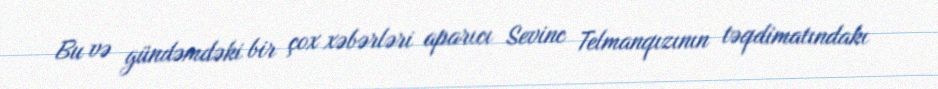
Bu və gündəmdəki bir çox xəbərləri aparıcı Sevinc Telmanqızının təqdimatındakı